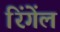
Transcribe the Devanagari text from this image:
रिंगेंल